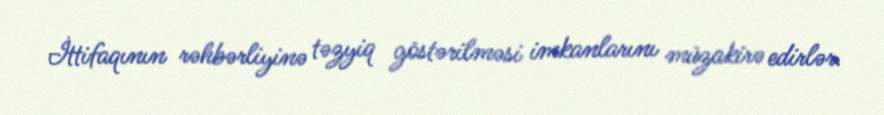
İttifaqının rəhbərliyinə təzyiq göstərilməsi imkanlarını müzakirə edirlər.